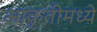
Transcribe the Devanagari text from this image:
आकृतीमध्ये